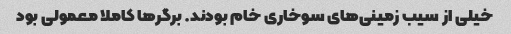
خیلی از سیب زمینی‌های سوخاری خام بودند. برگرها کاملا معمولی بود